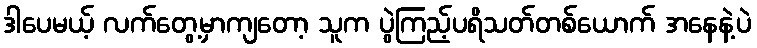
ဒါပေမယ့် လက်တွေ့မှာကျတော့ သူက ပွဲကြည့်ပရိသတ်တစ်ယောက် အနေနဲ့ပဲ